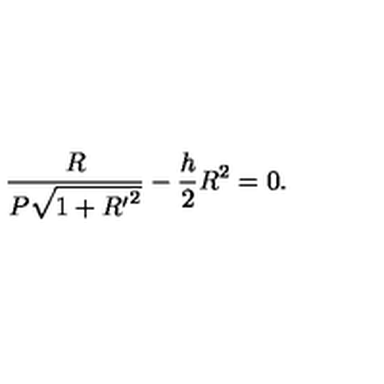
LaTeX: \frac { R } { P \sqrt { 1 + { R ^ { \prime } } ^ { 2 } } } - \frac { h } { 2 } R ^ { 2 } = 0 .